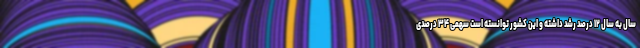
سال به سال ۱۲ درصد رشد داشته و این کشور توانسته است سهمی ۳۴ درصدی